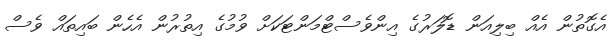
އެގޮތުން އެއް ބިލިއަން ޑޮލަރުގެ އިންވެސްޓްމަންޓަކަށް ވުމުގެ އިތުރުން އެހެން ބައިތައް ވެސް